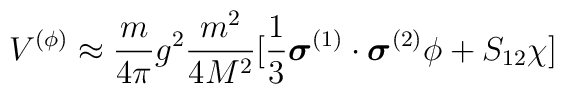
V^{(\phi)} \approx \frac{m}{4 \pi} g^{2} \frac{m^{2}}{4M^{2}}[\frac{1}{3} \mbox{\boldmath $\sigma$}^{(1)} \cdot \mbox{\boldmath $\sigma$}^{(2)} \phi + S_{12} \chi]